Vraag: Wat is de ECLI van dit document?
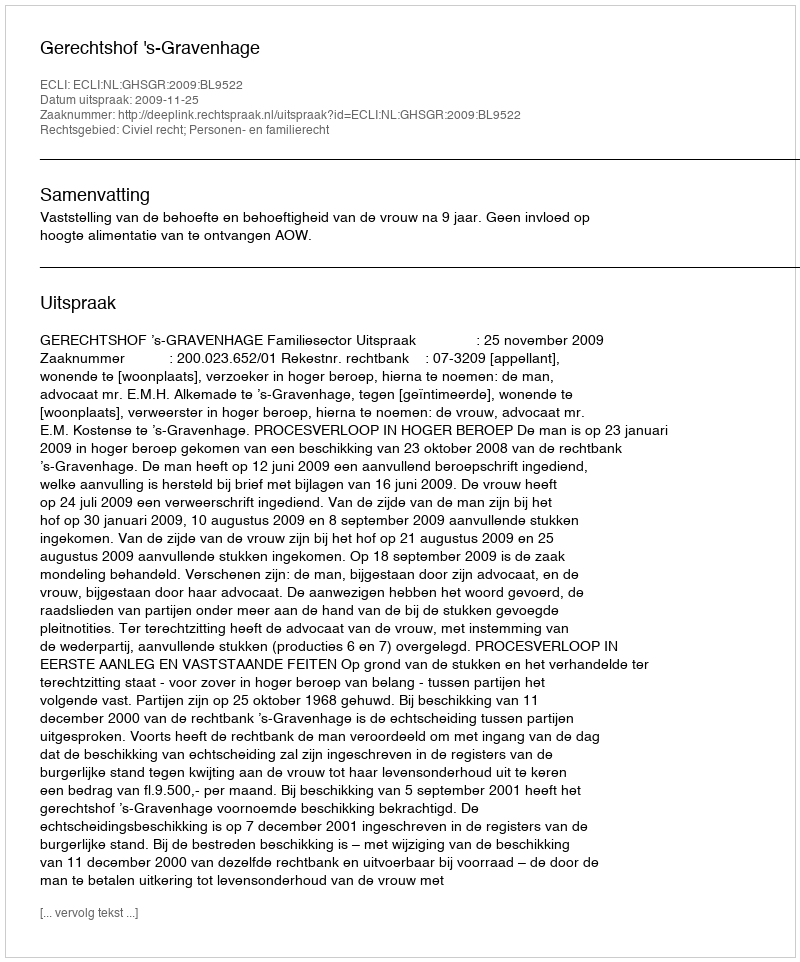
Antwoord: ECLI:NL:GHSGR:2009:BL9522